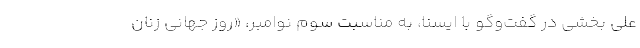
علی بخشی در گفت‌وگو با ایسنا، به مناسبت سوم نوامبر، «روز جهانی زنان